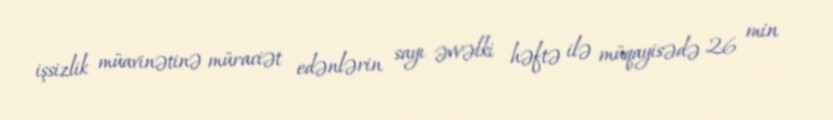
işsizlik müavinətinə müraciət edənlərin sayı əvvəlki həftə ilə müqayisədə 26 min